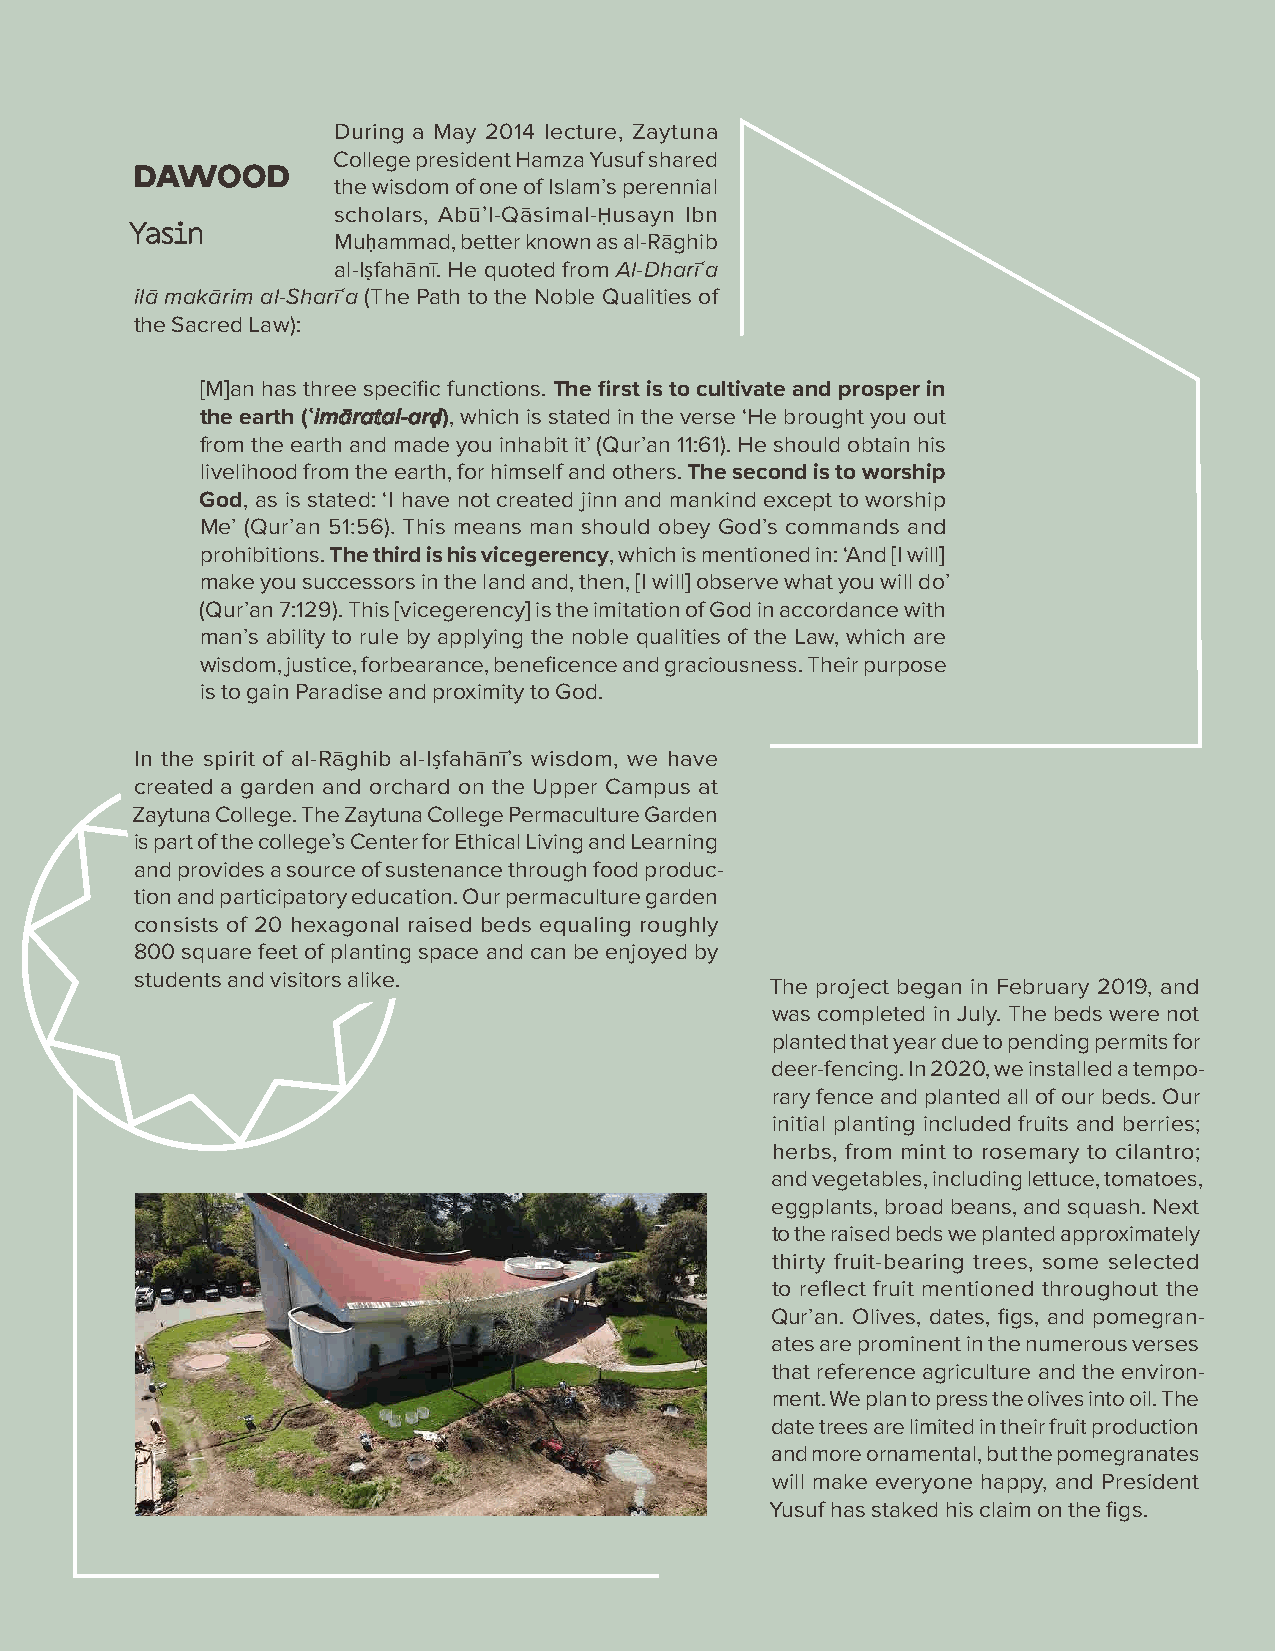
During a May 2014 lecture, Zaytuna
 College president Hamza Yusuf shared
 DDAAWWOOOODD
 the wisdom of one of Islam’s perennial
 scholars, Abū’l-Qāsimal-Ḥusayn Ibn
 YYaassiinn
 Muḥammad, better known as al-Rāghib
 al-Iṣfahānī. He quoted from Al-Dharīʿa
 ilā makārim al-Sharīʿa (The Path to the Noble Qualities of
 the Sacred Law):
 [M]an has three specific functions. The first is to cultivate and prosper in
 the earth (ʿʿiimmāārraattaall--aarrḍḍ), which is stated in the verse ‘He brought you out
 from the earth and made you inhabit it’ (Qur’an 11:61). He should obtain his
 livelihood from the earth, for himself and others. The second is to worship
 God, as is stated: ‘I have not created jinn and mankind except to worship
 Me’ (Qur’an 51:56). This means man should obey God’s commands and
 prohibitions. The third is his vicegerency, which is mentioned in: ‘And [I will]
 make you successors in the land and, then, [I will] observe what you will do’
 (Qur’an 7:129). This [vicegerency] is the imitation of God in accordance with
 man’s ability to rule by applying the noble qualities of the Law, which are
 wisdom, justice, forbearance, beneficence and graciousness. Their purpose
 is to gain Paradise and proximity to God.
 In the spirit of al-Rāghib al-Iṣfahānī’s wisdom, we have
 created a garden and orchard on the Upper Campus at
 Zaytuna College. The Zaytuna College Permaculture Garden
 is part of the college’s Center for Ethical Living and Learning
 and provides a source of sustenance through food produc-
 tion and participatory education. Our permaculture garden
 consists of 20 hexagonal raised beds equaling roughly
 800 square feet of planting space and can be enjoyed by
 students and visitors alike.
 The project began in February 2019, and
 was completed in July. The beds were not
 planted that year due to pending permits for
 deer-fencing. In 2020, we installed a tempo-
 rary fence and planted all of our beds. Our
 initial planting included fruits and berries;
 herbs, from mint to rosemary to cilantro;
 and vegetables, including lettuce, tomatoes,
 eggplants, broad beans, and squash. Next
 to the raised beds we planted approximately
 thirty fruit-bearing trees, some selected
 to reflect fruit mentioned throughout the
 Qur’an. Olives, dates, figs, and pomegran-
 ates are prominent in the numerous verses
 that reference agriculture and the environ-
 ment. We plan to press the olives into oil. The
 date trees are limited in their fruit production
 and more ornamental, but the pomegranates
 will make everyone happy, and President
 Yusuf has staked his claim on the figs.